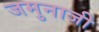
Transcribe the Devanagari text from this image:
जमुनाजी